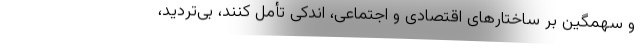
و سهمگین بر ساختارهای اقتصادی و اجتماعی، اندکی تأمل کنند، بی‌تردید،